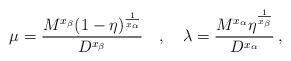
LaTeX: \begin{align*}\mu = \frac{M^{x_{\beta }}(1-\eta )^{\frac{1}{x_{\alpha}}}}{D^{x_{\beta }}}\quad , \quad\lambda = \frac{M^{x_{\alpha }}\eta ^{\frac{1}{x_{\beta }}}}{D^{x_{\alpha }}}\,,\end{align*}